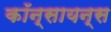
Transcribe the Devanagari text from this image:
कॉन्सायन्स